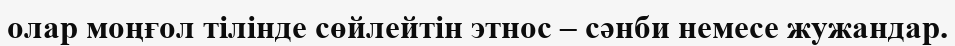
олар моңғол тілінде сөйлейтін этнос – сәнби немесе жужандар.